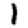
Digit: 1